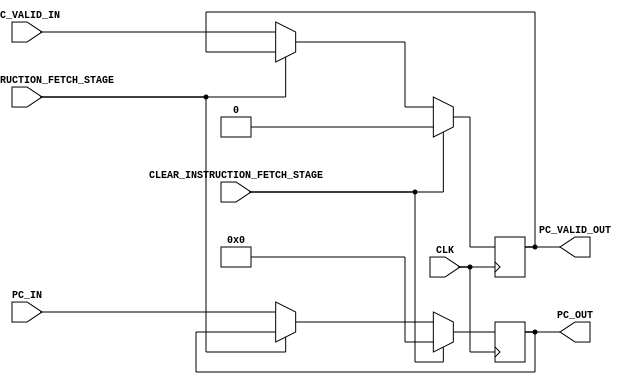
module INSTRUCTION_FETCH_STAGE #(
        parameter   ADDRESS_WIDTH           = 32                            ,
        
        parameter   HIGH                    = 1'b1                          ,
        parameter   LOW                     = 1'b0
    ) (
        input                               CLK                             ,
        input                               STALL_INSTRUCTION_FETCH_STAGE   ,
        input                               CLEAR_INSTRUCTION_FETCH_STAGE   ,
        input   [ADDRESS_WIDTH - 1  : 0]    PC_IN                           ,
        input                               PC_VALID_IN                     ,
        output  [ADDRESS_WIDTH - 1  : 0]    PC_OUT                          ,
        output                              PC_VALID_OUT     
    );
    
    reg     [ADDRESS_WIDTH - 1  : 0]    pc_reg                              ;
    reg                                 pc_valid_reg                        ;
    
    always@(posedge CLK) 
    begin
        if(CLEAR_INSTRUCTION_FETCH_STAGE == LOW)
        begin
            if(STALL_INSTRUCTION_FETCH_STAGE == LOW) 
            begin
                pc_reg          <= PC_IN        ;
                pc_valid_reg    <= PC_VALID_IN  ;
            end
        end
        else
        begin
            pc_reg          <= 32'b0;
            pc_valid_reg    <= LOW  ;
        end
    end
    
    assign PC_OUT       = pc_reg        ;
    assign PC_VALID_OUT = pc_valid_reg  ;
    
endmodule